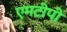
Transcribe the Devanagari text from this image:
एमटीपी